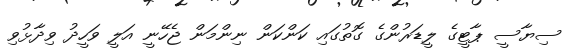
ސިޔާސީ ޕާޓީގެ ލީޑަރުންގެ ގޮތުގައި ކަންކަން ނިންމަން ޖެހޭނީ އަލީ ވަހީދު ވިދާޅުވި